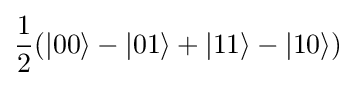
{\frac {1}{2}}(|00\rangle -|01\rangle +|11\rangle -|10\rangle )